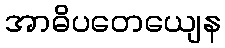
အာဓိပတေယျေန